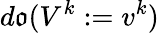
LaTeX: d\mathfrak{o}(V^{k}:=v^{k})